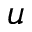
u